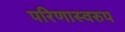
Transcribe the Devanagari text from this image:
परिणास्वरुप